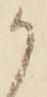
か